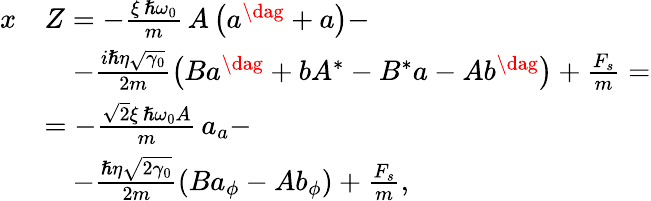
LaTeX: \begin{array}{rl}{x}&{Z=-\frac{\xi\, \hslash\omega_{0}}{m}\, A\left(a^{\dag}+a\right)-}\\ &{\quad-\frac{i\hslash\eta\sqrt{\gamma_{0}}}{2m}\left(Ba^{\dag}+bA^{*}-B^{*}a-Ab^{\dag}\right)+\frac{F_{s}}{m}=}\\ &{=-\frac{\sqrt 2\xi\, \hslash\omega_{0}A}{m}\, a_{a}-}\\ &{\quad-\frac{\hslash\eta\sqrt{2\gamma_{0}}}{2m}\left(Ba_{\phi}-Ab_{\phi}\right)+\frac{F_{s}}{m},}\end{array}